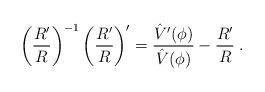
LaTeX: \begin{align*}\left({{R'}\over R} \right) ^{-1} \left( {{R'} \over R} \right)^\prime = {{\hat V'(\phi)} \over {\hat V(\phi)}} - {{R'}\over R} \; .\end{align*}